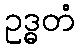
ဥဒ္ဓတံ